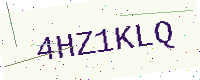
Text: 4HZ1KLQ